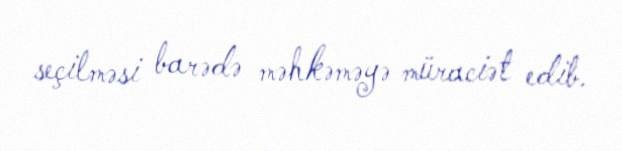
seçilməsi barədə məhkəməyə müraciət edib.